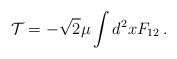
LaTeX: \begin{align*}{\cal T}=-\sqrt{2}\mu\int d^2 x F_{12}\,. \end{align*}